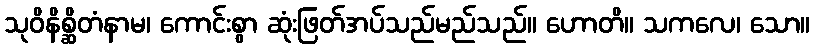
သုဝိနိစ္ဆိတံနာမ၊ ကောင်းစွာ ဆုံးဖြတ်အပ်သည်မည်သည်။ ဟောတိ။ သကလေ၊ သော။